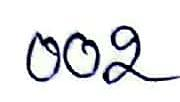
002